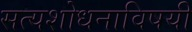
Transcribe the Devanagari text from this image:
सत्यशोधनाविषयी